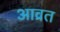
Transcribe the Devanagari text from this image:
आव्रत